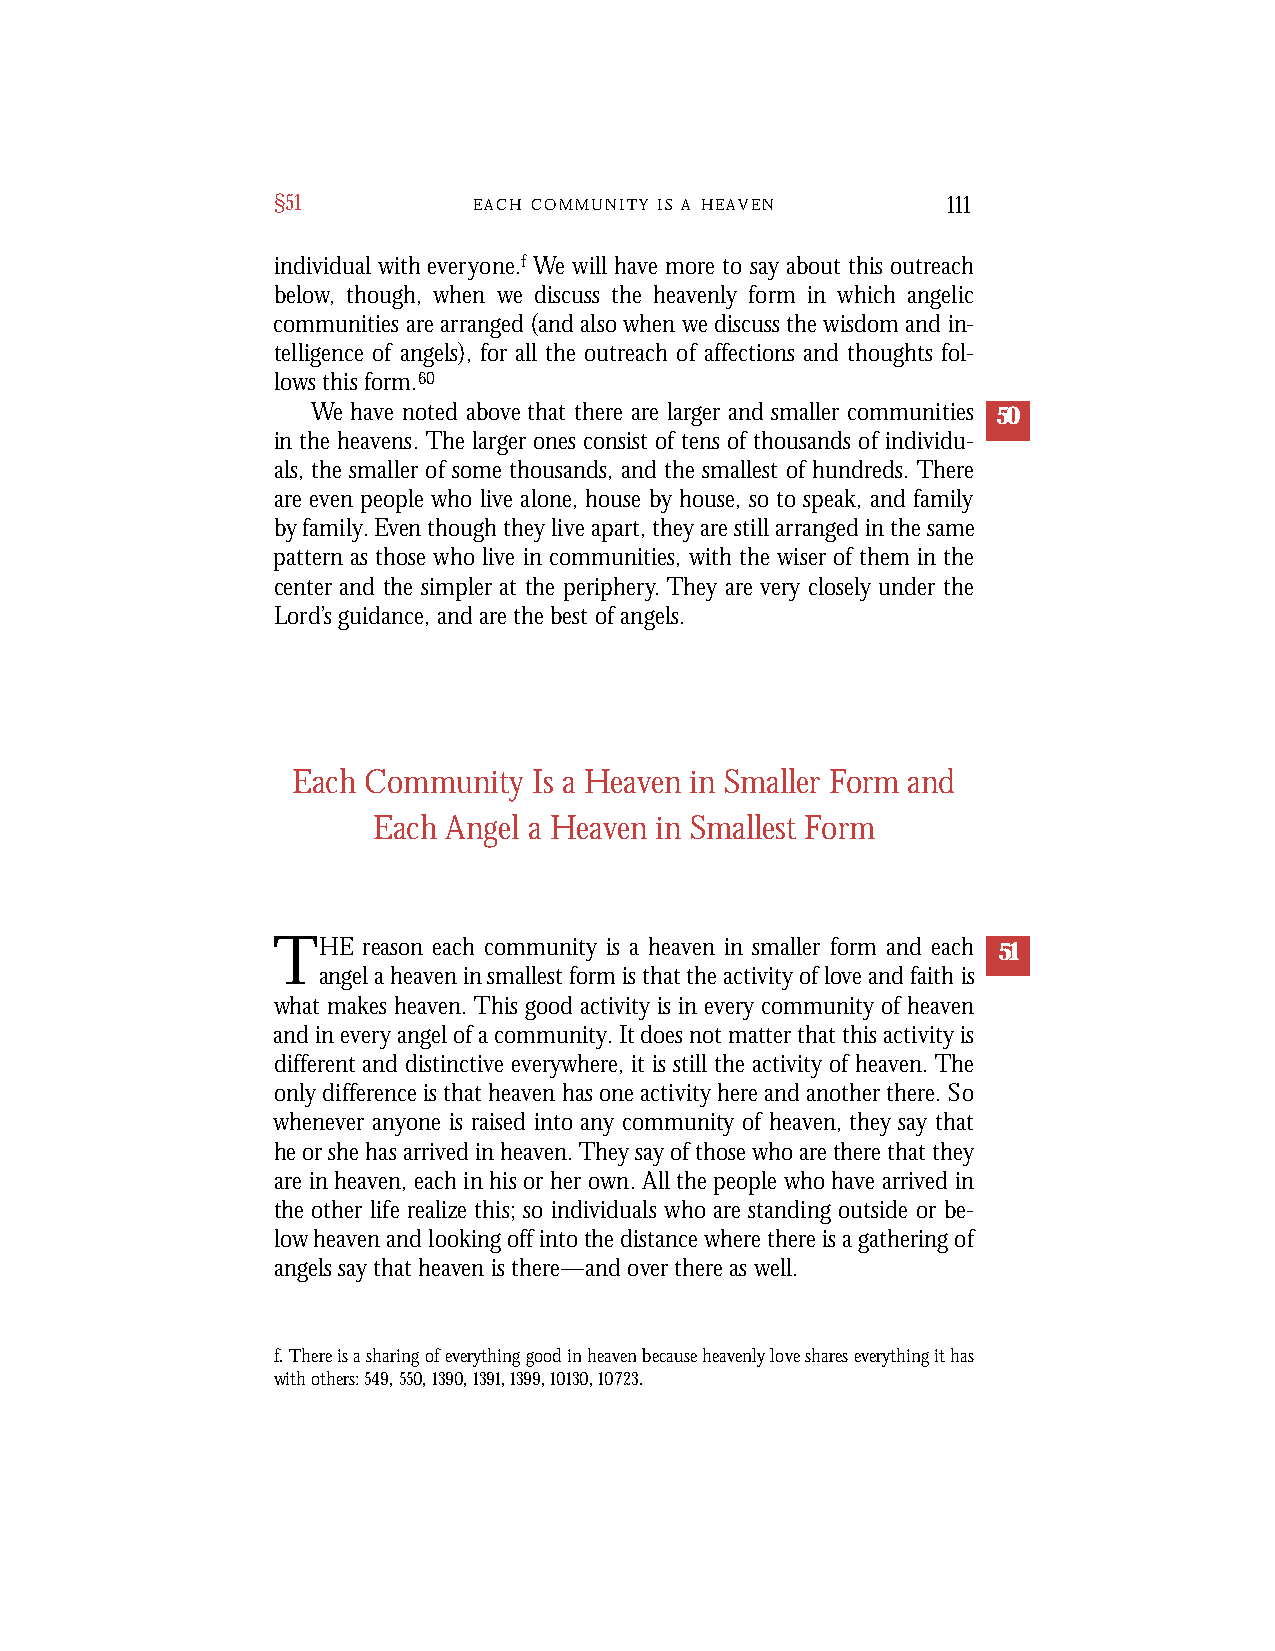
§51          E A C H C O M M U N I T Y I S A H E A V E N 111
 individual with everyone.f We will have more to say about this outreach
 below, though, when we discuss the heavenly form in which angelic
 communities are arranged (and also when we discuss the wisdom and in-
 telligence of angels), for all the outreach of affections and thoughts fol-
 lows this form.60
 We have noted above that there are larger and smaller communities 50
 in the heavens. The larger ones consist of tens of thousands of individu-
 als, the smaller of some thousands, and the smallest of hundreds. There
 are even people who live alone, house by house, so to speak, and family
 by family. Even though they live apart, they are still arranged in the same
 pattern as those who live in communities, with the wiser of them in the
 center and the simpler at the periphery. They are very closely under the
 Lord’s guidance, and are the best of angels.
 Each Community  Is a Heaven in Smaller Form and
 Each Angel a Heaven in Smallest Form
 THE   reason each community is a heaven in smaller form and each 51
 angel a heaven in smallest form is that the activity of love and faith is
 what makes heaven. This good activity is in every community of heaven
 and in every angel of a community. It does not matter that this activity is
 different and distinctive everywhere, it is still the activity of heaven. The
 only difference is that heaven has one activity here and another there. So
 whenever anyone is raised into any community of heaven, they say that
 he or she has arrived in heaven. They say of those who are there that they
 are in heaven, each in his or her own. All the people who have arrived in
 the other life realize this; so individuals who are standing outside or be-
 low heaven and looking off into the distance where there is a gathering of
 angels say that heaven is there—and over there as well.
 f. There is a sharing of everything good in heaven because heavenly love shares everything it has
 with others: 549, 550, 1390, 1391, 1399, 10130, 10723.